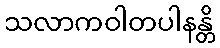
သလာကဝါတပါနန္တိ